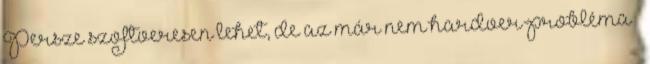
Persze szoftveresen lehet, de az már nem hardver-probléma –